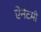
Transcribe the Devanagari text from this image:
ऐनैटमी